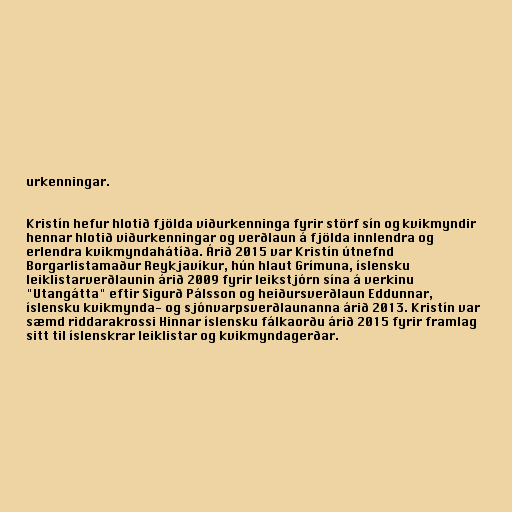
urkenningar.

Kristín hefur hlotið fjölda viðurkenninga fyrir störf sín og kvikmyndir
hennar hlotið viðurkenningar og verðlaun á fjölda innlendra og
erlendra kvikmyndahátíða. Árið 2015 var Kristín útnefnd
Borgarlistamaður Reykjavíkur, hún hlaut Grímuna, íslensku
leiklistarverðlaunin árið 2009 fyrir leikstjórn sína á verkinu
"Utangátta" eftir Sigurð Pálsson og heiðursverðlaun Eddunnar,
íslensku kvikmynda- og sjónvarpsverðlaunanna árið 2013. Kristín var
sæmd riddarakrossi Hinnar íslensku fálkaorðu árið 2015 fyrir framlag
sitt til íslenskrar leiklistar og kvikmyndagerðar.